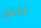
للخير